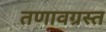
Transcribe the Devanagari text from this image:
तणावग्रस्त